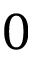
0